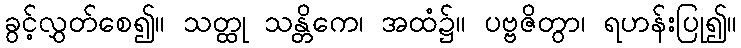
ခွင့်လွှတ်စေ၍။ သတ္ထု သန္တိကေ၊ အထံ၌။ ပဗ္ဗဇိတွာ၊ ရဟန်းပြု၍။